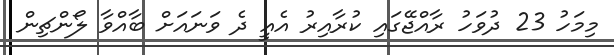
މިމަހު 23 ދުވަހު ރާއްޖޭގައި ކުރާއިރު އެއީ ދެ ވަނައަށް ބާއްވާ ލޯންޗިން